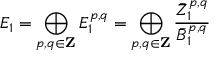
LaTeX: E _ { 1 } = \bigoplus _ { p , q \in \mathbf { Z } } E _ { 1 } ^ { p , q } = \bigoplus _ { p , q \in \mathbf { Z } } { \frac { { \bar { Z } } _ { 1 } ^ { p , q } } { { \bar { B } } _ { 1 } ^ { p , q } } }